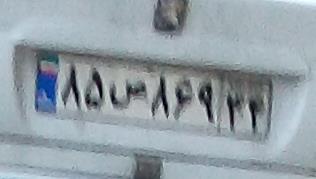
۸۵ص۸۶۹۳۴